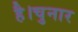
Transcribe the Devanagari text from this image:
है।चुनार